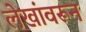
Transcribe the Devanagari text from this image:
लेखांवरून